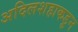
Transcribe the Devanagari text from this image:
अदिलशहाकडुन